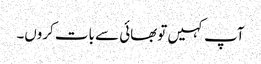
آپ کہیں توبھائی سے بات کروں۔